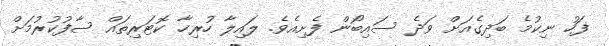
ފަހު ނިކުމެ ބަދިގެއަށް ވަދެ ސައިބޯން ފެށިއެވެ. ލައިލާ ހުރިހާ ކޮޓަރިތައް ސާފުކުރުމަށް